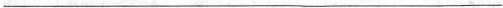
___